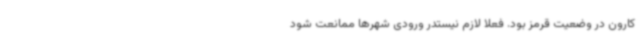
کارون در وضعیت قرمز بود. فعلا لازم نیستدر ورودی شهرها ممانعت شود